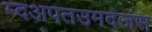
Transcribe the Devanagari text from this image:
म्दअपतउमदजंस